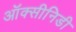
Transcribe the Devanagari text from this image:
ऑक्सीनिडी